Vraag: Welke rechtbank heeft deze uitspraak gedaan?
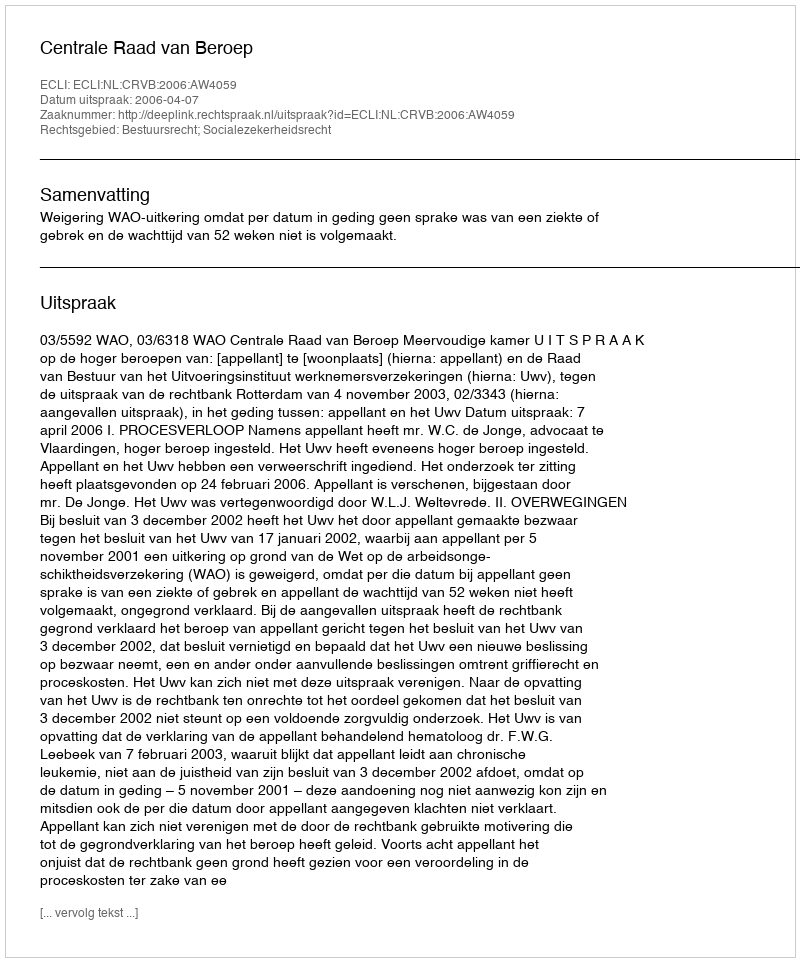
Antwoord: Centrale Raad van Beroep